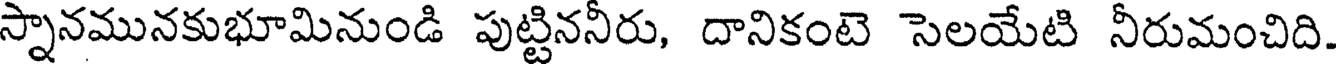
స్నానమునకుభూమినుండి పుట్టిననీరు, దానికంటె సెలయేటి నీరుమంచిది.